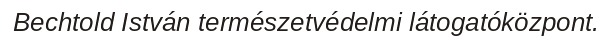
Bechtold István természetvédelmi látogatóközpont.